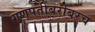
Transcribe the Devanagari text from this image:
गणपतीबरोबरच